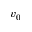
v _ { 0 }